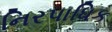
નિરપાધિક